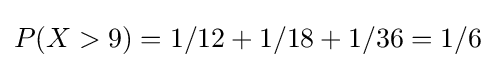
P(X>9)=1/12+1/18+1/36=1/6